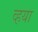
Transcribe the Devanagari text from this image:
व्हया